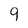
Character: 9